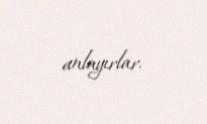
anlayırlar.